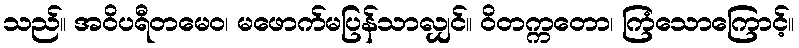
သည်။ အဝိပရီတမေဝ၊ မဖောက်မပြန်သာလျှင်။ ဝိတက္ကတော၊ ကြံသောကြောင့်။